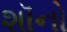
શૉનો